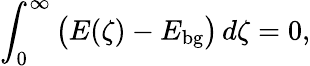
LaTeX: \int_{0}^{\infty}\big(E(\zeta)-E_{\mathrm{bg}}\big)\, d\zeta=0,